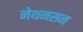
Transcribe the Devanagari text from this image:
नेथनसन